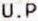
U.P